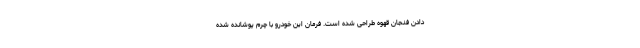
دادن فنجان قهوه طراحی شده است. فرمان این خودرو با چرم پوشانده شده